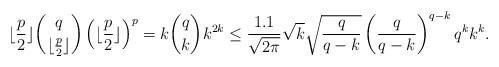
LaTeX: \begin{align*}\lfloor\frac{p}{2}\rfloor \binom{q}{\lfloor\frac{p}{2}\rfloor} \left(\lfloor\frac{p}{2}\rfloor \right)^{p} =k\binom{q}{k}k^{2k} \leq \frac{1.1}{\sqrt{2\pi}} \sqrt{k} \sqrt{\frac{q}{q-k}} \left(\frac{q}{q-k}\right)^{q-k} q^k k^k.\end{align*}